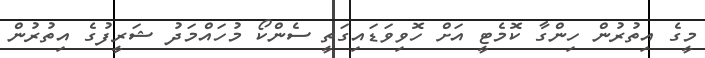
މީގެ އިތުރުން ހިންގާ ކޮމެޓީ އަށް ހޮވިވަޑައިގަތީ ސެންކޯ މުހައްމަދު ޝަރީފުގެ އިތުރުން